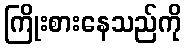
ကြိုးစားနေသည်ကို